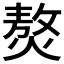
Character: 𤎅